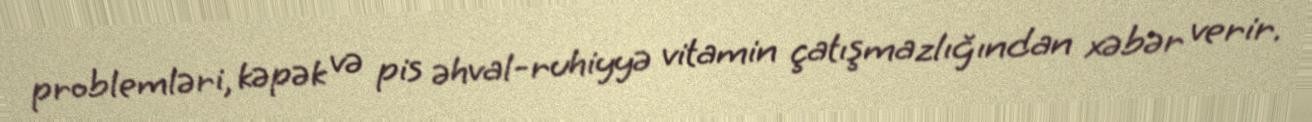
problemləri, kəpək və pis əhval-ruhiyyə vitamin çatışmazlığından xəbər verir.